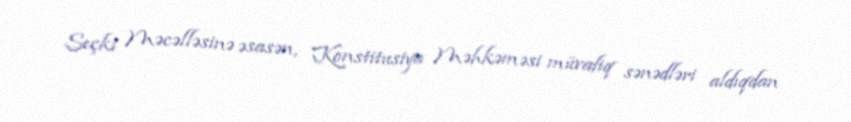
Seçki Məcəlləsinə əsasən, Konstitusiya Məhkəməsi müvafiq sənədləri aldıqdan